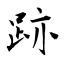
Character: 跡